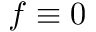
f \equiv 0